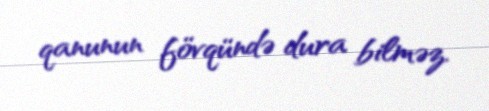
qanunun fövqündə dura bilməz.